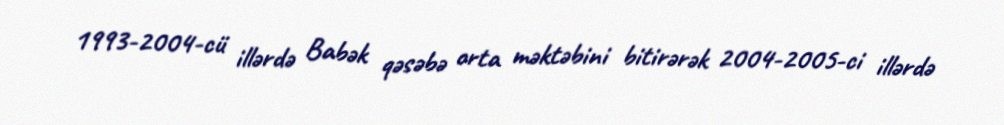
1993-2004-cü illərdə Babək qəsəbə orta məktəbini bitirərək 2004-2005-ci illərdə